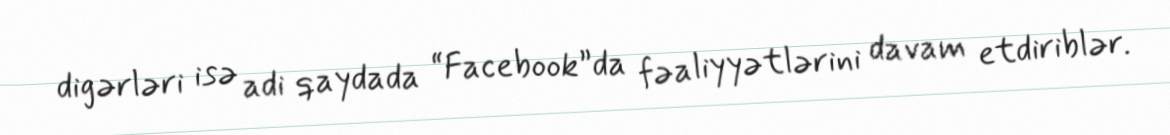
digərləri isə adi qaydada “Facebook”da fəaliyyətlərini davam etdiriblər.